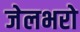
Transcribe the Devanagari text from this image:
जेलभरो